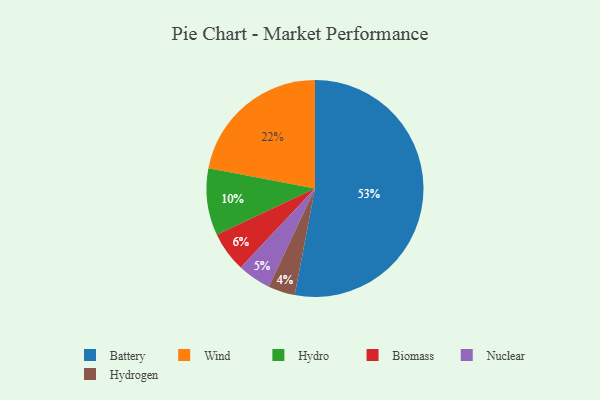
{"axis": {"x": "Category", "y": "Percentage"}, "legend": ["Battery", "Biomass", "Hydro", "Hydrogen", "Nuclear", "Wind"], "data": [{"x": "Battery", "y": 53, "type": "Battery"}, {"x": "Wind", "y": 22, "type": "Wind"}, {"x": "Hydrogen", "y": 4, "type": "Hydrogen"}, {"x": "Biomass", "y": 6, "type": "Biomass"}, {"x": "Hydro", "y": 10, "type": "Hydro"}, {"x": "Nuclear", "y": 5, "type": "Nuclear"}]}